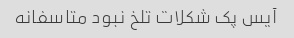
آیس پک شکلات تلخ نبود متاسفانه